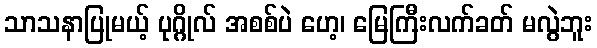
သာသနာပြုမယ့် ပုဂ္ဂိုလ် အစစ်ပဲ ဟေ့၊ မြေကြီးလက်ခတ် မလွဲဘူး